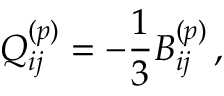
Q _ { i j } ^ { ( p ) } = - \frac { 1 } { 3 } B _ { i j } ^ { ( p ) } \, ,